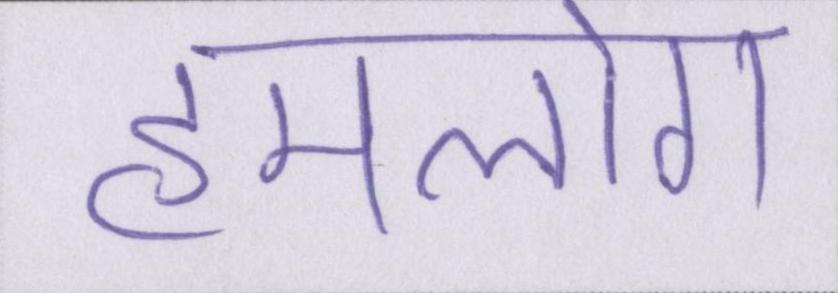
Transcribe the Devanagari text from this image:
हमलोग